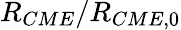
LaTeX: R_{CME}/R_{CME,0}